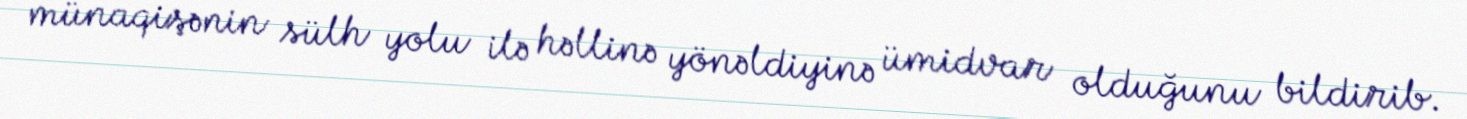
münaqişənin sülh yolu ilə həllinə yönəldiyinə ümidvar olduğunu bildirib.